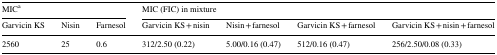
<table><thead><tr><td colspan="3"><b>MIC<sup>a</sup></b></td><td colspan="4"><b>MIC (FIC) in mixture</b></td></tr><tr><td><b>Garvicin KS</b></td><td><b>Nisin</b></td><td><b>Farnesol</b></td><td><b>Garvicin KS + nisin</b></td><td><b>Nisin + farnesol</b></td><td><b>Garvicin KS + farnesol</b></td><td><b>Garvicin KS + nisin + farnesol</b></td></tr></thead><tbody><tr><td>2560</td><td>25</td><td>0.6</td><td>312/2.50 (0.22)</td><td>5.00/0.16 (0.47)</td><td>512/0.16 (0.47)</td><td>256/2.50/0.08 (0.33)</td></tr></tbody></table>